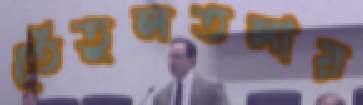
তেঁতুলতলায়